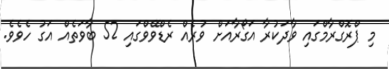
މި ޕްރޮގްރާމްގައި ވާދަކުރާ އަގޯރާއަށް ވުރެއް ރެޑްވޭވްގައި 52 ބާވަތެއް އަގު ހެވެވެ.